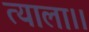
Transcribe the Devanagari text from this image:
त्याला।।